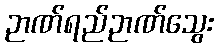
ဉာဏ်ရည်ဉာဏ်သွေး